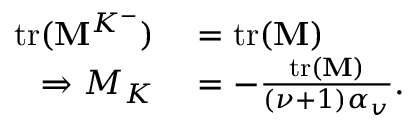
\begin{array} { r l } { \mathrm { t r } ( \mathbf { M } ^ { K ^ { - } } ) } & { { } = \mathrm { t r ( } \mathbf { M } ) } \\ { \Rightarrow M _ { K } } & { { } = - \frac { \mathrm { t r ( } \mathbf { M } ) } { ( \nu + 1 ) \alpha _ { v } } . } \end{array}